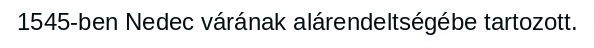
1545-ben Nedec várának alárendeltségébe tartozott.